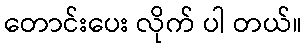
တောင်းပေး လိုက် ပါ တယ်။